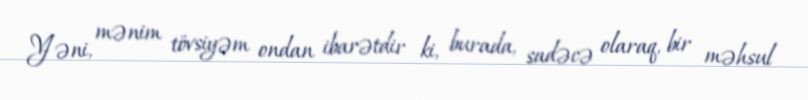
Yəni, mənim tövsiyəm ondan ibarətdir ki, burada, sadəcə olaraq, bir məhsul